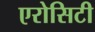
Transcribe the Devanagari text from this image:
एरोसिटी